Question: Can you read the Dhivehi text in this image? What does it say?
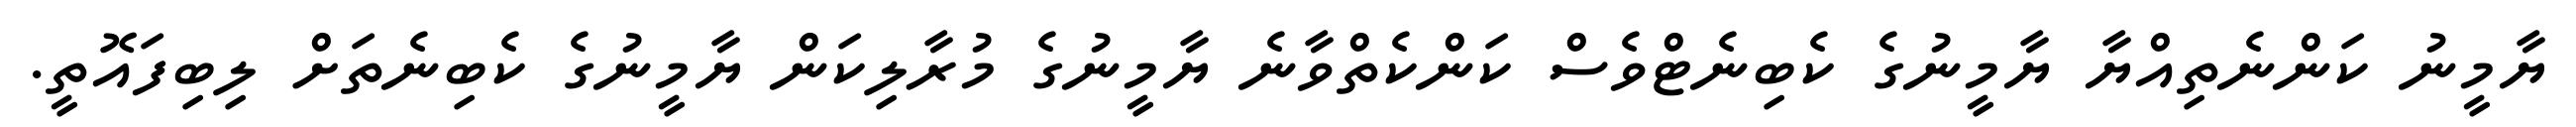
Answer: ޔާމީނު ކަންނެތިއްޔާ ޔާމީނުގެ ކެބިނެޓްވެސް ކަންކެތްވާނެ ޔާމީނުގެ މުރާލިކަން ޔާމީނުގެ ކެބިނެތަށް ލިބިފައޮތީ.